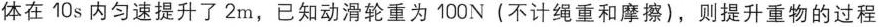
体在10s内匀速提升了2m，已知动滑轮重为100N(不计绳重和摩擦)，则提升重物的过程